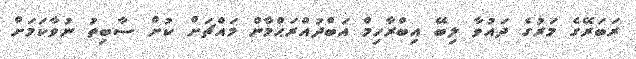
ރަބަރޭގެ މަރުގެ ދައުވާ ލިބޭ އިބްރާހިމް އަބްދުއްރަޙްމާން މައްޗަށް ކުށް ސާބިތު ނުވާކަމަށް